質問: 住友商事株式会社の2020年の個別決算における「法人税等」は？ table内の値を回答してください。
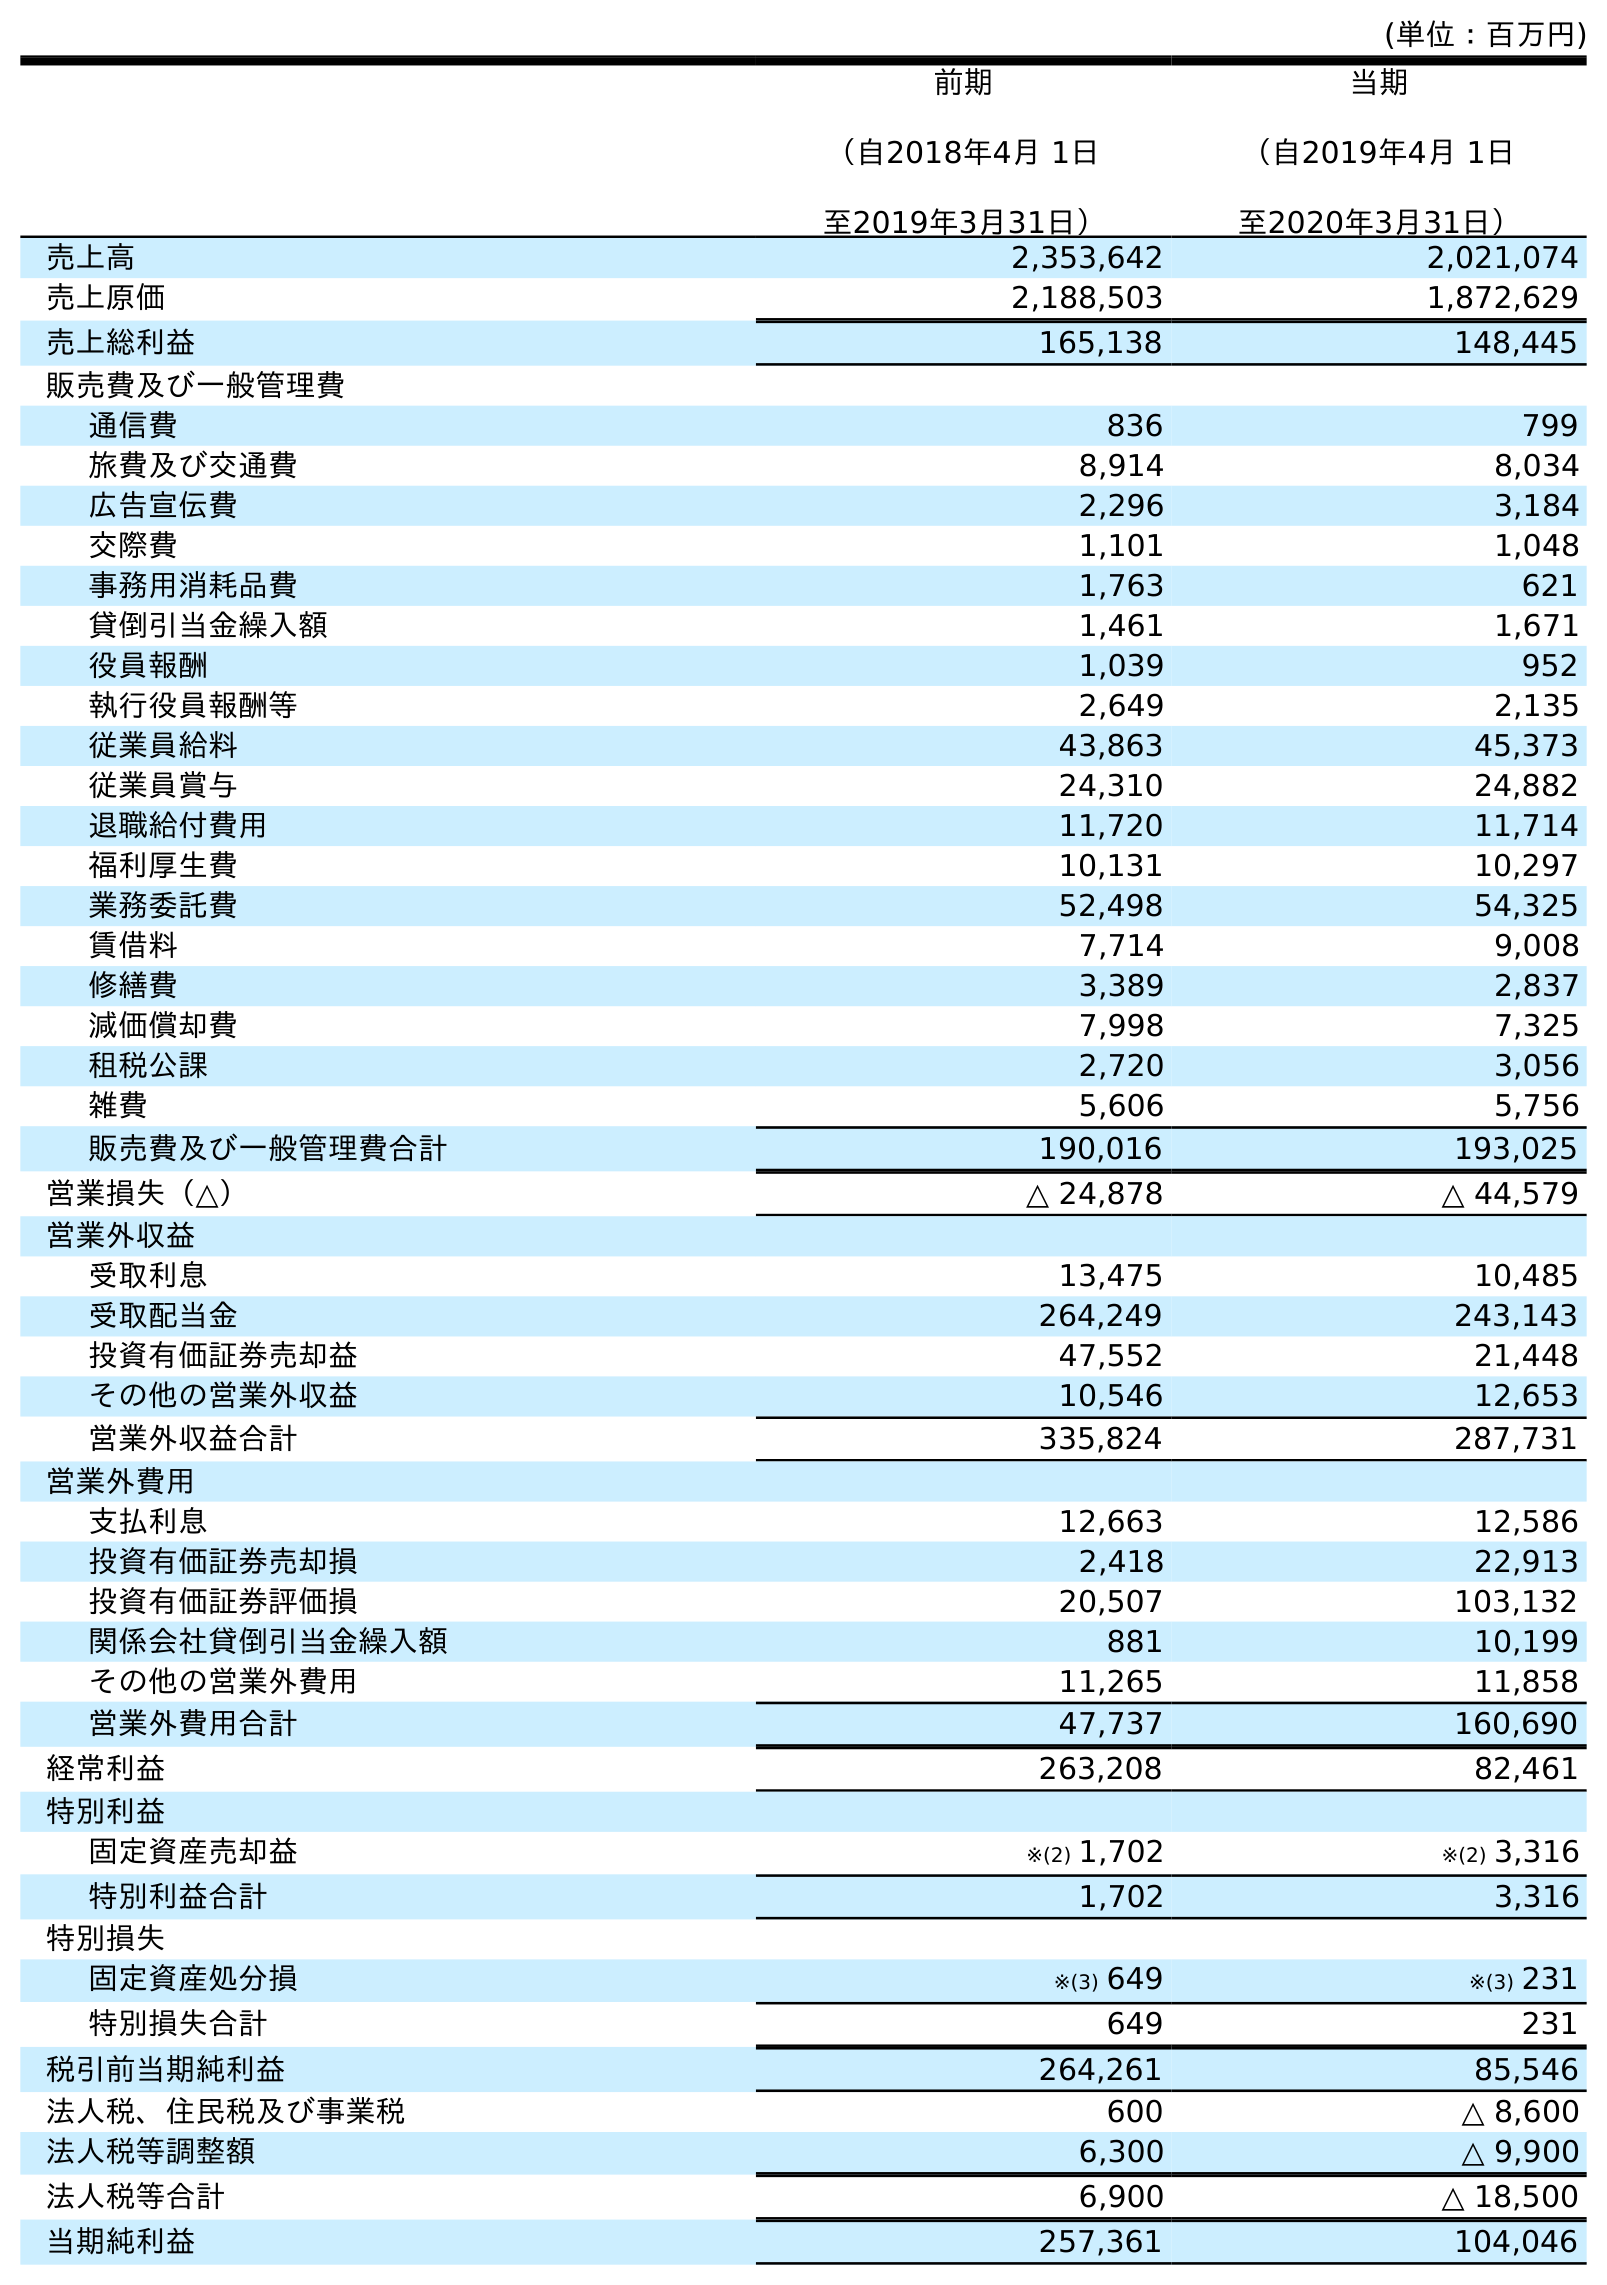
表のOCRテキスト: (単位：百万円) 前期 （自2018年4月 1日 至2019年3月31日） 当期 （自2019年4月 1日 至2020年3月31日） 売上高 2,353,642 2,021,074 売上原価 2,188,503 1,872,629 売上総利益 165,138 148,445 販売費及び一般管理費 通信費 836 799 旅費及び交通費 8,914 8,034 広告宣伝費 2,296 3,184 交際費 1,101 1,048 事務用消耗品費 1,763 621 貸倒引当金繰入額 1,461 1,671 役員報酬 1,039 952 執行役員報酬等 2,649 2,135 従業員給料 43,863 45,373 従業員賞与 24,310 24,882 退職給付費用 11,720 11,714 福利厚生費 10,131 10,297 業務委託費 52,498 54,325 賃借料 7,714 9,008 修繕費 3,389 2,837 減価償却費 7,998 7,325 租税公課 2,720 3,056 雑費 5,606 5,756 販売費及び一般管理費合計 190,016 193,025 営業損失（△） △ 24,878 △ 44,579 営業外収益 受取利息 13,475 10,485 受取配当金 264,249 243,143 投資有価証券売却益 47,552 21,448 その他の営業外収益 10,546 12,653 営業外収益合計 335,824 287,731 営業外費用 支払利息 12,663 12,586 投資有価証券売却損 2,418 22,913 投資有価証券評価損 20,507 103,132 関係会社貸倒引当金繰入額 881 10,199 その他の営業外費用 11,265 11,858 営業外費用合計 47,737 160,690 経常利益 263,208 82,461 特別利益 固定資産売却益 ※(2) 1,702 ※(2) 3,316 特別利益合計 1,702 3,316 特別損失 固定資産処分損 ※(3) 649 ※(3) 231 特別損失合計 649 231 税引前当期純利益 264,261 85,546 法人税、住民税及び事業税 600 △ 8,600 法人税等調整額 6,300 △ 9,900 法人税等合計 6,900 △ 18,500 当期純利益 257,361 104,046
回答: △18,500